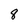
Character: 8